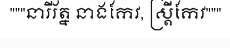
"""នារីរ័ត្ន នាងកែវ, ស្ត្រីកែវ"""